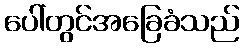
ပေါ်တွင်အခြေခံသည်